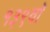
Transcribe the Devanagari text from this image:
१३९वॉ